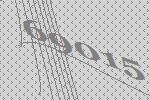
69015